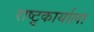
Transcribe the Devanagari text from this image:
राष्ट्र्कार्याला